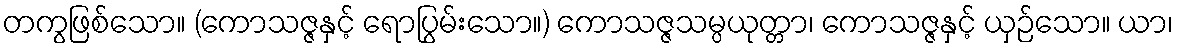
တကွဖြစ်သော။ (ကောသဇ္ဇနှင့် ရောပြွမ်းသော။) ကောသဇ္ဇသမ္ပယုတ္တာ၊ ကောသဇ္ဇနှင့် ယှဉ်သော။ ယာ၊